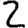
Digit: 2